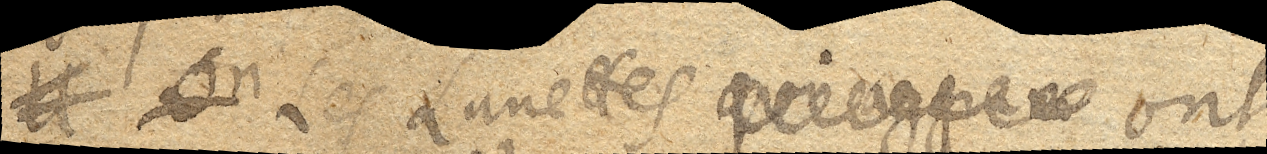
Il On Les Lunettes quiaggran ont